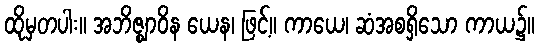
ထိုမှတပါး။ အဘိဇ္ဈာဝိန ယေန၊ ဖြင့်။ ကာယေ၊ ဆံအစရှိသော ကာယ၌။